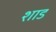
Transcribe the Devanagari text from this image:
शाड